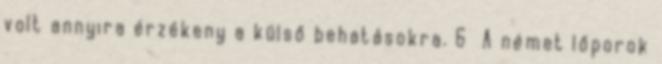
volt annyira érzékeny a külső behatásokra. 6 A német lőporok